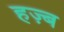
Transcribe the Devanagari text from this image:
हज़्ब